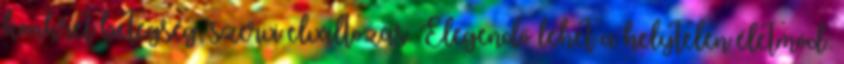
konkrét betegség, szervi elváltozás. Elegendő lehet a helytelen életmód: